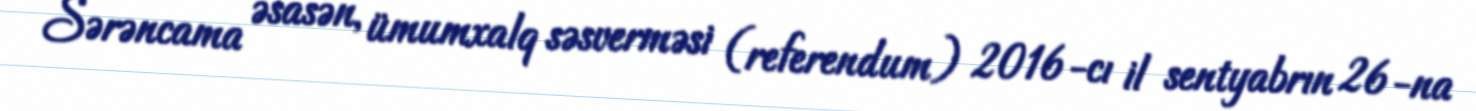
Sərəncama əsasən, ümumxalq səsverməsi (referendum) 2016-cı il sentyabrın 26-na